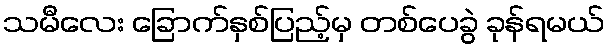
သမီလေး ခြောက်နှစ်ပြည့်မှ တစ်ပေခွဲ ခုန်ရမယ်